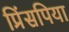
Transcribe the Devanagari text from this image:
प्रिंसपिया